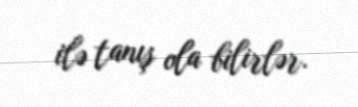
ilə tanış ola bilirlər.